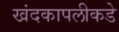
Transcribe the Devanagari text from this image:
खंदकापलीकडे